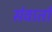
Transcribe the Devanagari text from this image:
संवार्ता